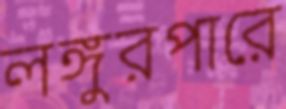
লঙ্গুরপারে